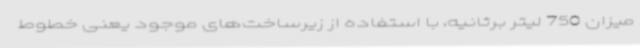
میزان 750 لیتر برثانیه، با استفاده از زیرساخت‌های موجود یعنی خطوط